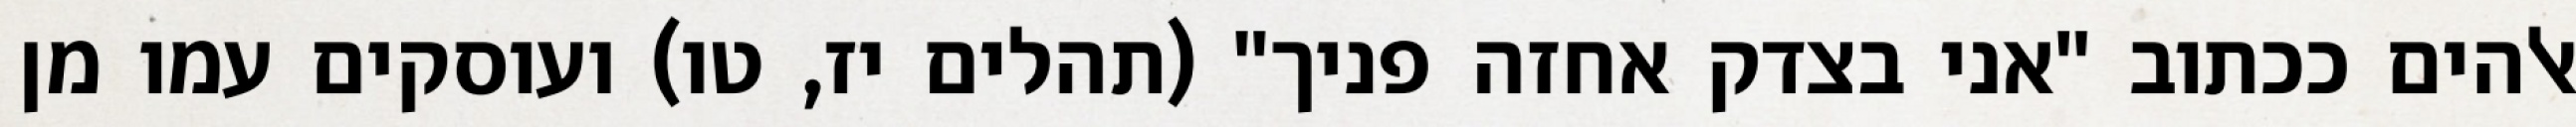
אלהים ככתוב "אני בצדק אחזה פניך" (תהלים יז, טו) ועוסקים עמו מן